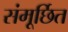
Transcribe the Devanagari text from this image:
संमूर्छित